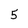
Character: 5